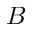
B